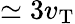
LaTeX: \simeq 3v_{\mathrm{T}}